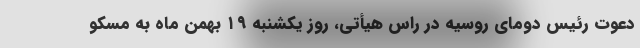
دعوت رئیس دومای روسیه در راس هیأتی، روز یکشنبه ۱۹ بهمن ماه به مسکو